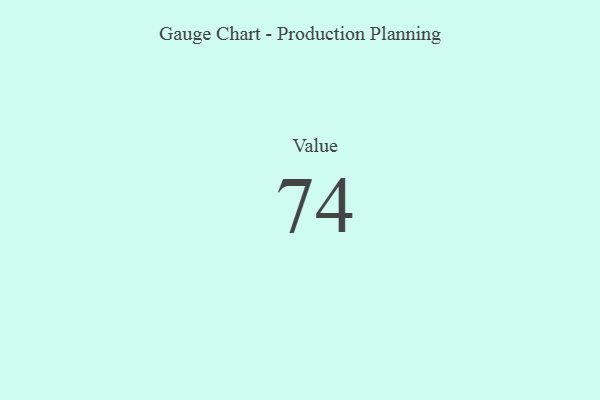
{"axis": {"x": "Metric", "y": "Value"}, "legend": [""], "data": [{"x": "Value", "y": 74, "type": ""}]}